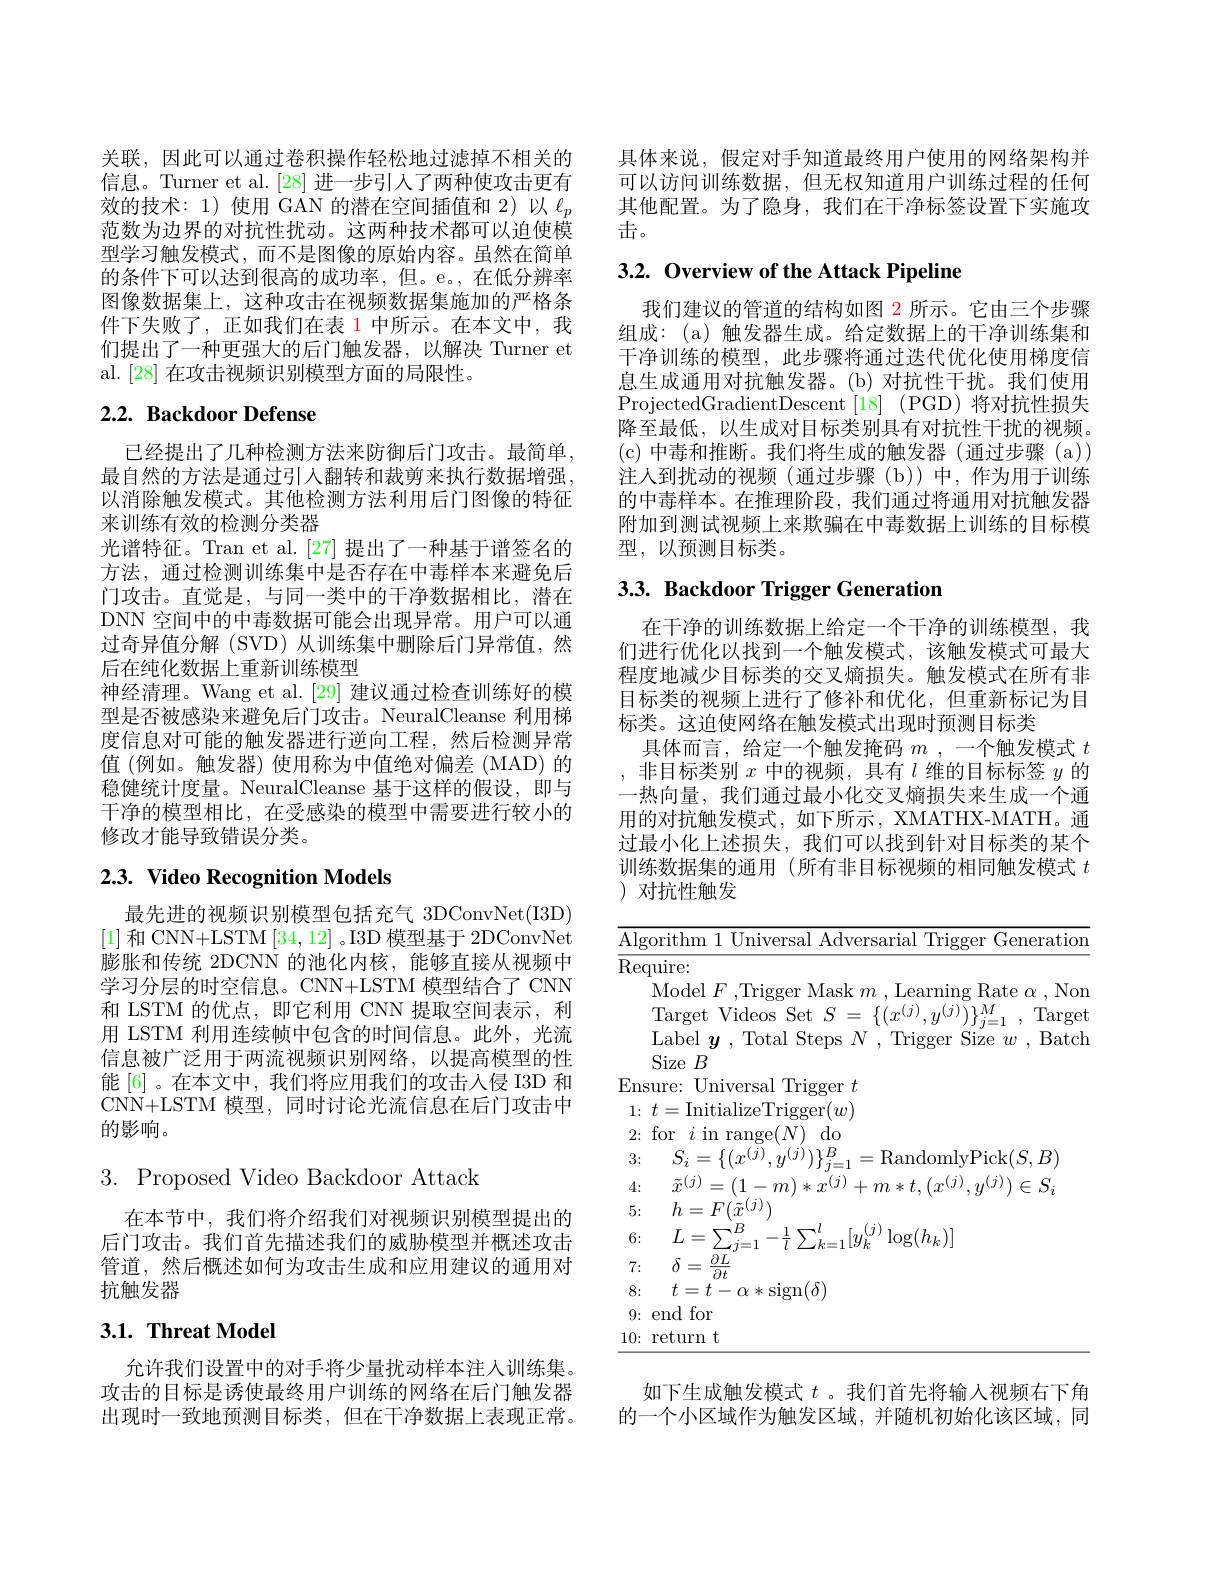
关联，因此可以通过卷积操作轻松地过滤掉不相关的信息。Turner et al.[28] 进一步引人了两种使攻击更有效的技术：1)使用 GAN 的潜在空间插值和 2)以$\ell_p$ 范数为边界的对抗性扰动。这两种技术都可以迫使模型学习触发模式，而不是图像的原始内容。虽然在简单的条件下可以达到很高的成功率，但。e。,在低分辨率图像数据集上，这种攻击在视频数据集施加的严格条件下失败了，正如我们在表 1 中所示。在本文中，我们提出了一种更强大的后门触发器，以解决 Turner et al. [28] 在攻击视频识别模型方面的局限性。

## $2. 2. \textbf{Backdoor Defense}$

已经提出了几种检测方法来防御后门攻击。最简单， 最自然的方法是通过引人翻转和裁剪来执行数据增强， 以消除触发模式。其他检测方法利用后门图像的特征来训练有效的检测分类器
光谱特征。Tran et al.[27] 提出了一种基于谱签名的方法，通过检测训练集中是否存在中毒样本来避免后门攻击。直觉是，与同一类中的干净数据相比，潜在DNN 空间中的中毒数据可能会出现异常。用户可以通过奇异值分解 (SVD) 从训练集中删除后门异常值，然后在纯化数据上重新训练模型
神经清理。Wang et al.[29] 建议通过检查训练好的模型是否被感染来避免后门攻击。NeuralCleanse 利用梯度信息对可能的触发器进行逆向工程，然后检测异常值 (例如。触发器) 使用称为中值绝对偏差 (MAD) 的稳健统计度量。NeuralCleanse 基于这样的假设，即与干净的模型相比，在受感染的模型中需要进行较小的修改才能导致错误分类。

# $2. 3. \textbf{ Video Recognition Models}$

最先进的视频识别模型包括充气 3DConvNet(I3D) [1]和 CNN+LSTM [34,12] 。I3D 模型基于 2DConvNet 膨胀和传统 2DCNN 的池化内核，能够直接从视频中学习分层的时空信息。CNN+LSTM 模型结合了 CNN 和 LSTM 的优点，即它利用 CNN 提取空间表示，利用 LSTM 利用连续帧中包含的时间信息。此外，光流信息被广泛用于两流视频识别网络，以提高模型的性能[6]。在本文中，我们将应用我们的攻击入侵 I3D 和CNN+LSTM 模型，同时讨论光流信息在后门攻击中的影响。

## $3.{\mathrm{~Proposed~Video~Backdoor~Attack}}$

在本节中，我们将介绍我们对视频识别模型提出的后门攻击。我们首先描述我们的威胁模型并概述攻击管道，然后概述如何为攻击生成和应用建议的通用对抗触发器

## $3. 1. \textbf{ Threat Model}$

允许我们设置中的对手将少量扰动样本注人训练集。攻击的目标是诱使最终用户训练的网络在后门触发器出现时一致地预测目标类，但在干净数据上表现正常。

具体来说，假定对手知道最终用户使用的网络架构并可以访问训练数据，但无权知道用户训练过程的任何其他配置。为了隐身，我们在干净标签设置下实施攻击。

## 3.2. Overview of the Attack Pipeline

我们建议的管道的结构如图$\color{red}{2}$所示。它由三个步骤组成：(a)触发器生成。给定数据上的干净训练集和干净训练的模型，此步骤将通过迭代优化使用梯度信息生成通用对抗触发器。(b)对抗性干扰。我们使用ProjectedGradientDescent[18](PGD)将对抗性损失降至最低，以生成对目标类别具有对抗性干扰的视频。(c)中毒和推断。我们将生成的触发器(通过步骤(a)) 注人到扰动的视频(通过步骤(b))中，作为用于训练的中毒样本。在推理阶段，我们通过将通用对抗触发器附加到测试视频上来欺骗在中毒数据上训练的目标模型，以预测目标类。

## 3.3. Backdoor Trigger Generation

在干净的训练数据上给定一个干净的训练模型，我们进行优化以找到一个触发模式，该触发模式可最大程度地减少目标类的交叉熵损失。触发模式在所有非目标类的视频上进行了修补和优化，但重新标记为目标类。这迫使网络在触发模式出现时预测目标类
具体而言，给定一个触发掩码$m$ ,一个触发模式$t$ ,非目标类别$x$中的视频，具有$l$维的目标标签$y$的一热向量，我们通过最小化交叉熵损失来生成一个通用的对抗触发模式，如下所示，XMATHX-MATH。通过最小化上述损失，我们可以找到针对目标类的某个训练数据集的通用(所有非目标视频的相同触发模式$t$ )对抗性触发

<table>
	<tbody>
		<tr>
			<td>$\overline{\mathrm{Al}_{\xi}}$</td>
			<td>Algorithm 1</td>
			<td>$^{*}1th\Upsilon$ $||m|$ve Adve ienerat</td>
		</tr>
		<tr>
			<td>${\overline{\mathrm{Re}}}$</td>
			<td>$\operatorname{Require}:$</td>
			<td>$quire:$</td>
		</tr>
		<tr>
			<td> </td>
			<td>Model $F$</td>
			<td>Model</td>
		</tr>
		<tr>
			<td> </td>
			<td>Target $V$</td>
			<td>Videos $M$ $\Gamma_{\mathrm{aroef}}$ Yet</td>
		</tr>
		<tr>
			<td> </td>
			<td>Label $y$</td>
			<td>ahe ilZe $u$ Bat. </td>
		</tr>
		<tr>
			<td>En 1</td>
			<td>Ensure: Univ</td>
			<td>11174 $\log$er $\cdot t$</td>
		</tr>
		<tr>
			<td>1 0</td>
			<td>$1\nobreak {: } $ $t=$ Initia</td>
			<td>一一 $w$</td>
		</tr>
		<tr>
			<td>2:</td>
			<td>for 2: $i$ $\operatorname{in}$ 1</td>
			<td>for in $(N)$ $do$ 7</td>
		</tr>
		<tr>
			<td>3: 1</td>
			<td>$S_{i}=\{1$ 3: </td>
			<td>$\operatorname{RandomlvPick}(S.B$ $\{1,\eta$</td>
		</tr>
		<tr>
			<td>4: 1 </td>
			<td>$\tilde{x}^{(j)}$ = 4:</td>
			<td>$\tilde{m}(7$ $.(J)$</td>
		</tr>
		<tr>
			<td>5:</td>
			<td>$h=F($ 5:</td>
			<td>$h=F(\tilde{x}^{(j)})$</td>
		</tr>
		<tr>
			<td>6:</td>
			<td>$L=$ $\sum$ 6:</td>
			<td>$L=\sum_{j=1}^{B}-\frac{1}{l}\sum_{k=1}^{l}[y_{k}^{(j)}$ $^{\eta)}\log(h_{k})]$</td>
		</tr>
		<tr>
			<td>7: 1</td>
			<td>$\partial L$ $\delta$ = 7: $\partial t$</td>
			<td>$\delta=$ $\partial L$ $\partial t$</td>
		</tr>
		<tr>
			<td>8:</td>
			<td>8: $t=t-$</td>
			<td>$t=t-\alpha*$sign$(\delta)$</td>
		</tr>
		<tr>
			<td>9:</td>
			<td>9: end for 1</td>
			<td>end for</td>
		</tr>
		<tr>
			<td>10:</td>
			<td>return $t$ 10:</td>
			<td>return t</td>
		</tr>
	</tbody>
</table>

如下生成触发模式$t$ 。我们首先将输入视频右下角的一个小区域作为触发区域，并随机初始化该区域，同